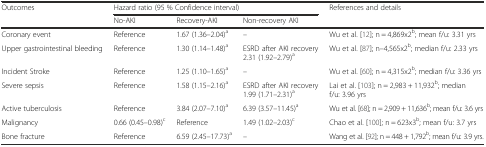
<table><thead><tr><td rowspan="2"><b>Outcomes</b></td><td colspan="3"><b>Hazard ratio (95 % Confidence interval)</b></td><td rowspan="2"><b>References and details</b></td></tr><tr><td><b>No-AKI</b></td><td><b>Recovery-AKI</b></td><td><b>Non-recovery AKI</b></td></tr></thead><tbody><tr><td>Coronary event</td><td>Reference</td><td>1.67 (1.36–2.04)<sup>a</sup></td><td>–</td><td>Wu et al. [12]; n = 4,869x2<sup>b</sup>; mean f/u: 3.31 yrs</td></tr><tr><td>Upper gastrointestinal bleeding</td><td>Reference</td><td>1.30 (1.14–1.48)<sup>a</sup></td><td>ESRD after AKI recovery 2.31 (1.92–2.79)<sup>a</sup></td><td>Wu et al. [87]; n–4,565x2<sup>b</sup>; median f/u: 2.33 yrs</td></tr><tr><td>Incident Stroke</td><td>Reference</td><td>1.25 (1.10–1.65)<sup>a</sup></td><td>–</td><td>Wu et al. [60]; n = 4,315x2<sup>b</sup>; median f/u: 3.36 yrs</td></tr><tr><td>Severe sepsis</td><td>Reference</td><td>1.58 (1.15–2.16)<sup>a</sup></td><td>ESRD after AKI recovery 1.99 (1.71–2.31)<sup>a</sup></td><td>Lai et al. [103]; n = 2,983 + 11,932<sup>b</sup>; median f/u: 3.96 yrs</td></tr><tr><td>Active tuberculosis</td><td>Reference</td><td>3.84 (2.07–7.10)<sup>a</sup></td><td>6.39 (3.57–11.45)<sup>a</sup></td><td>Wu et al. [68]; n = 2,909 + 11,636<sup>b</sup>; mean f/u: 3.6 yrs</td></tr><tr><td>Malignancy</td><td>0.66 (0.45–0.98)<sup>c</sup></td><td>Reference</td><td>1.49 (1.02–2.03)<sup>c</sup></td><td>Chao et al. [100]; n = 623x3<sup>b</sup>; mean f/u: 3.7 yrs</td></tr><tr><td>Bone fracture</td><td>Reference</td><td>6.59 (2.45–17.73)<sup>a</sup></td><td>–</td><td>Wang et al. [92]; n = 448 + 1,792<sup>b</sup>; mean f/u: 3.9 yrs.</td></tr></tbody></table>